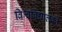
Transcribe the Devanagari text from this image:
विश्वविद्यालकों